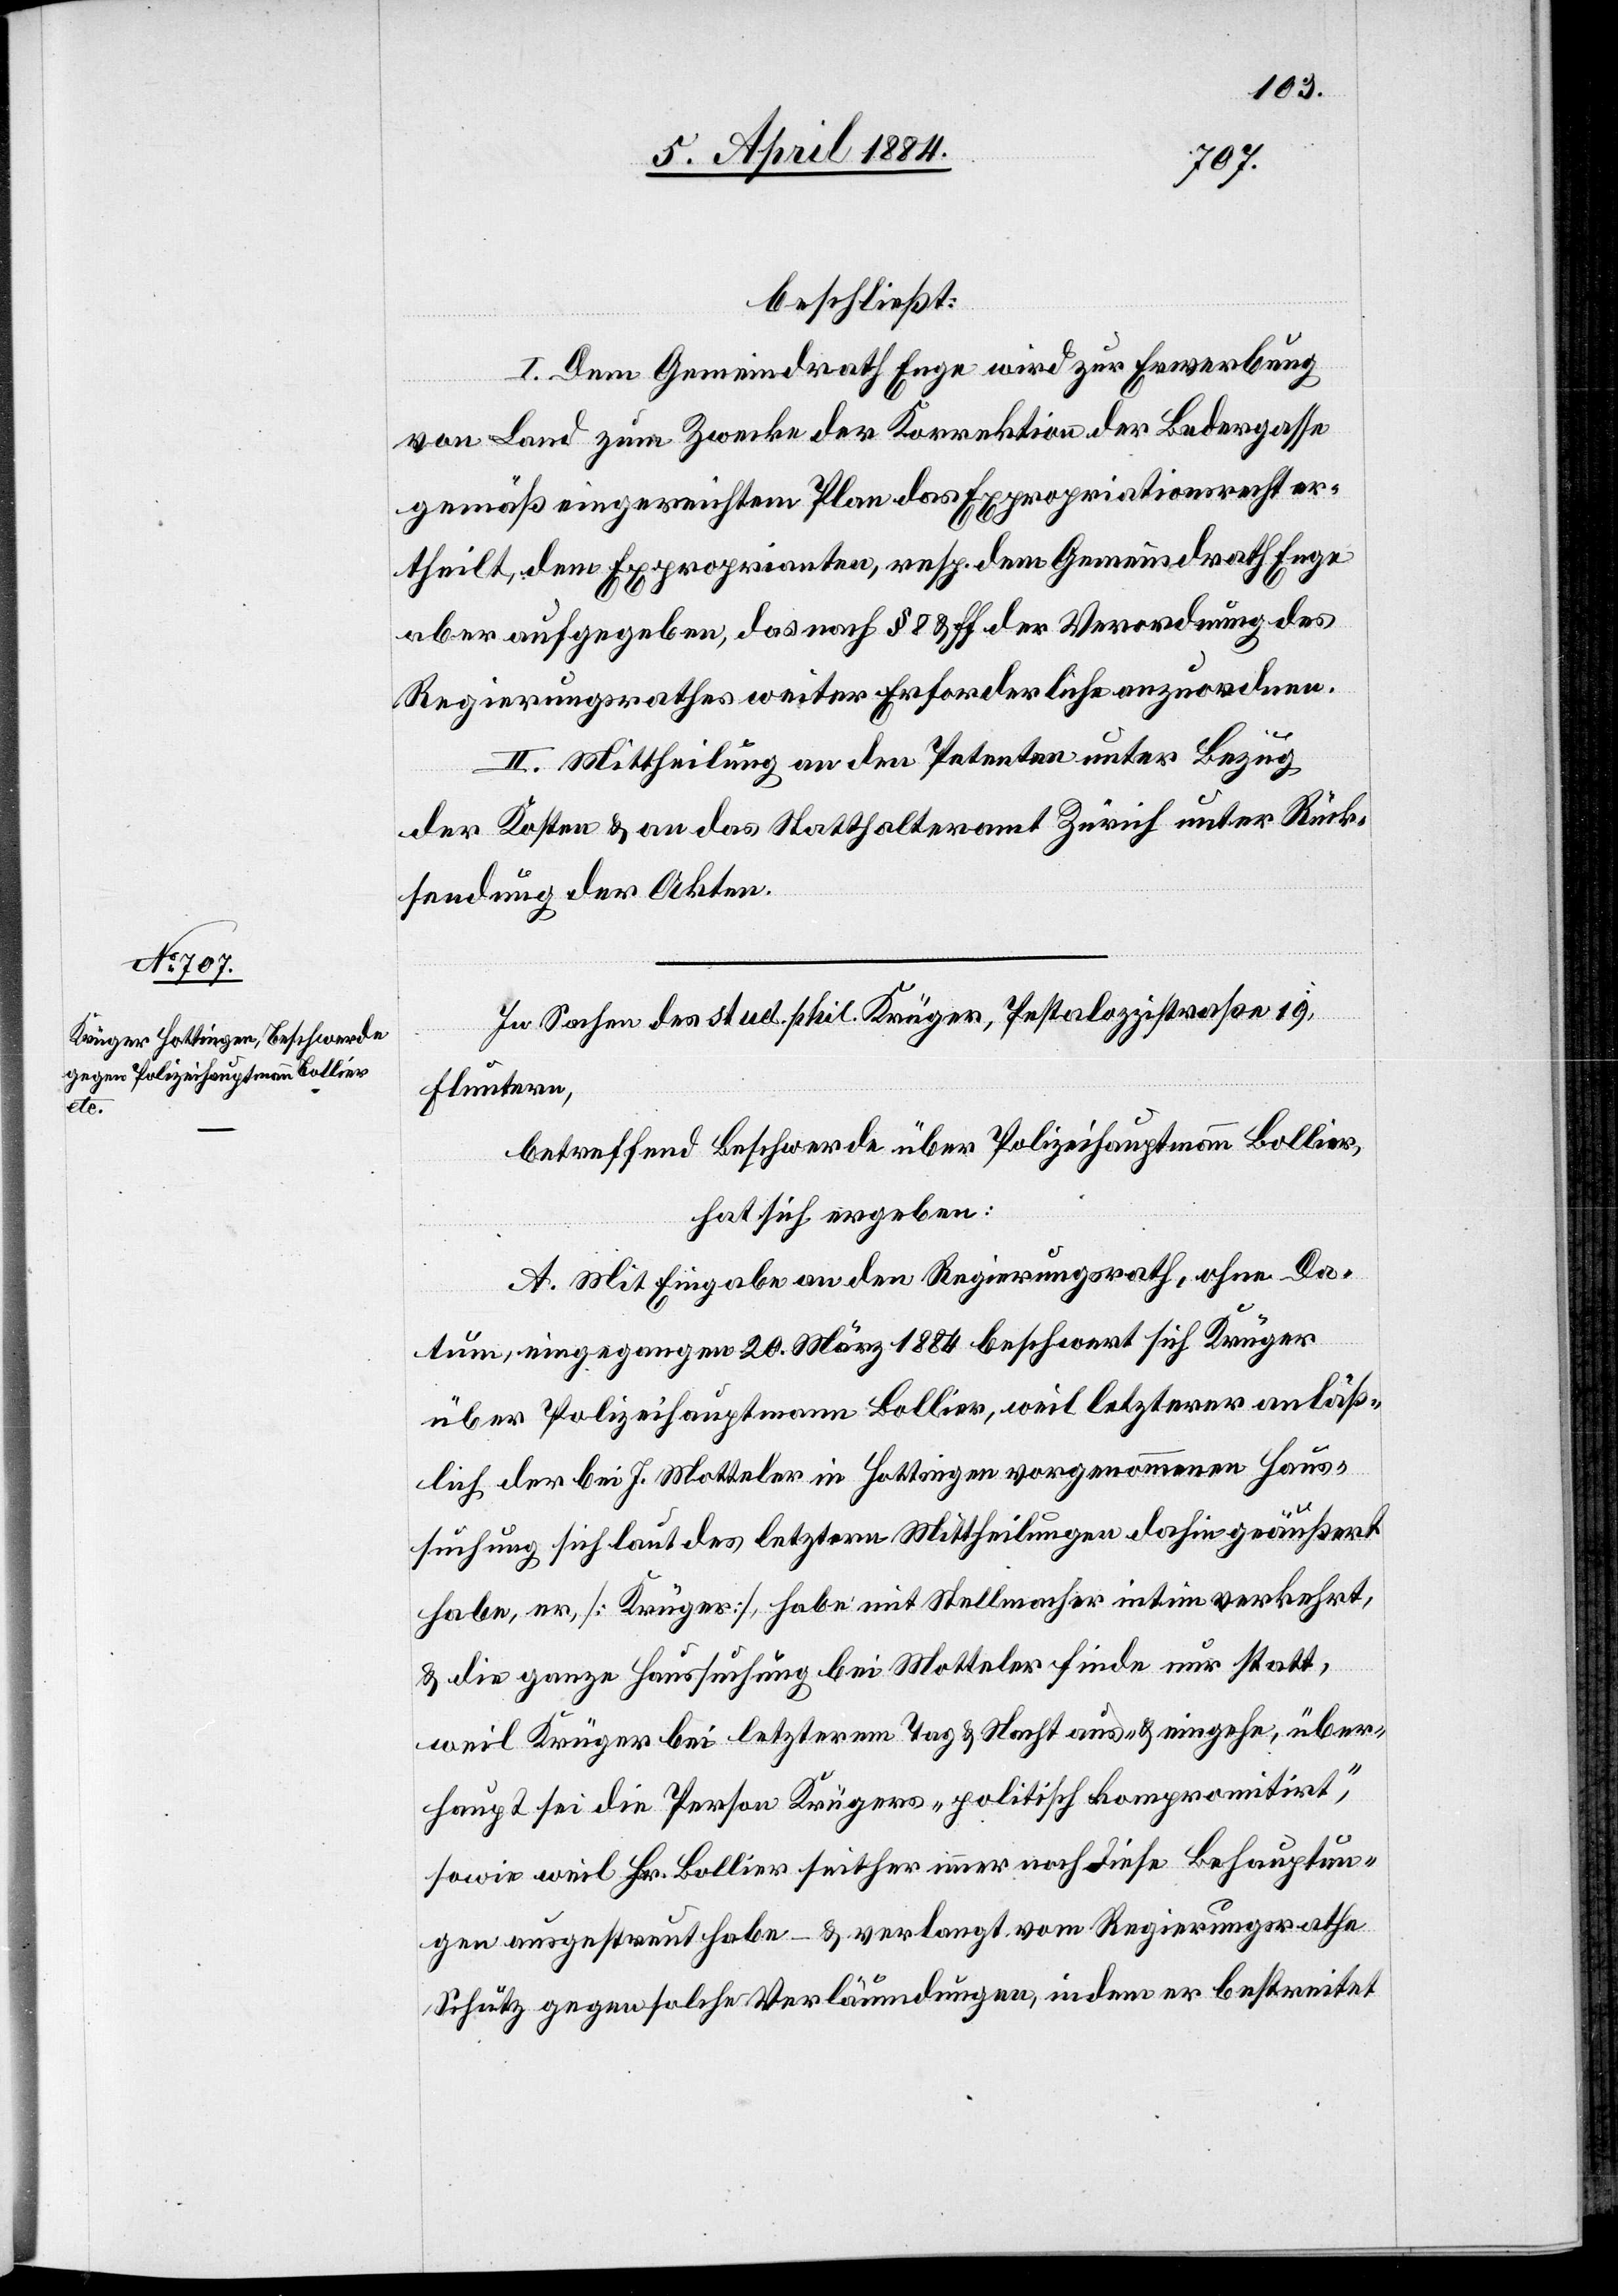
beschließt:
I. Dem Gemeindrath Enge wird zur Erwerbung
von Land zum Zwecke der Korrektion der Bedergasse
gemäß eingereichtem Plan das Expropriationsrecht er¬
theilt, dem Exproprianten, resp. dem Gemeindrath Enge
aber aufgegeben, das nach § 8 & ff der Verordnung des
Regierungsrathes weiter Erforderliche anzuordnen.
II. Mittheilung an den Petenten unter Bezug
der Kosten & an das Statthalteramt Zürich unter Rück¬
sendung der Akten.
In Sachen des stud. phil. Krüger, Pestalozzistraße 19,
Fluntern,
betreffend Beschwerde über Polizeihauptmann Bollier,
hat sich ergeben:
A. Mit Eingabe an den Regierungsrath, ohne Da¬
tum, eingegangen 20. März 1884 beschwert sich Krüger
über Polizeihauptmann Bollier, weil letzterer anläß¬
lich der bei J. Motteler in Hottingen vorgenommenen Haus¬
suchung sich laut des letztern Mittheilungen dahin geäußert
habe, er, [Krüger], habe mit Stellmacher intim verkehrt,
& die ganze Haussuchung bei Motteler finde nur statt,
weil Krüger bei letzterm Tag & Nacht aus- & eingehe, über¬
haupt sei die Person Krügers „politisch kompromitirt“,
sowie weil Hr. Bollier seither immer noch diese Behauptun¬
gen ausgestreut habe – & verlangt vom Regierungsrathe
Schutz gegen solche Verläumdungen, indem er bestreitet